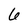
Character: 6